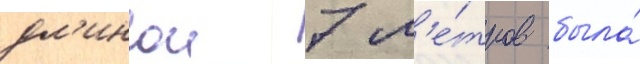
дл'инои 7 м'е́тров была́